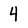
Character: 4